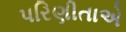
પરિણીતાએ